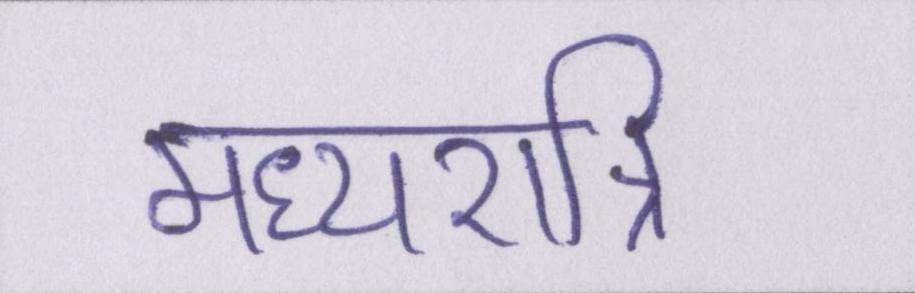
मध्यरात्रि